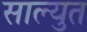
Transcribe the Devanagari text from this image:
साल्युत